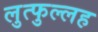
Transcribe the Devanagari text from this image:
लुत्फुल्लह